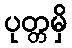
ပုတ္တမှိ